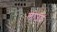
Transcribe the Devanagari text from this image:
लोउव्र